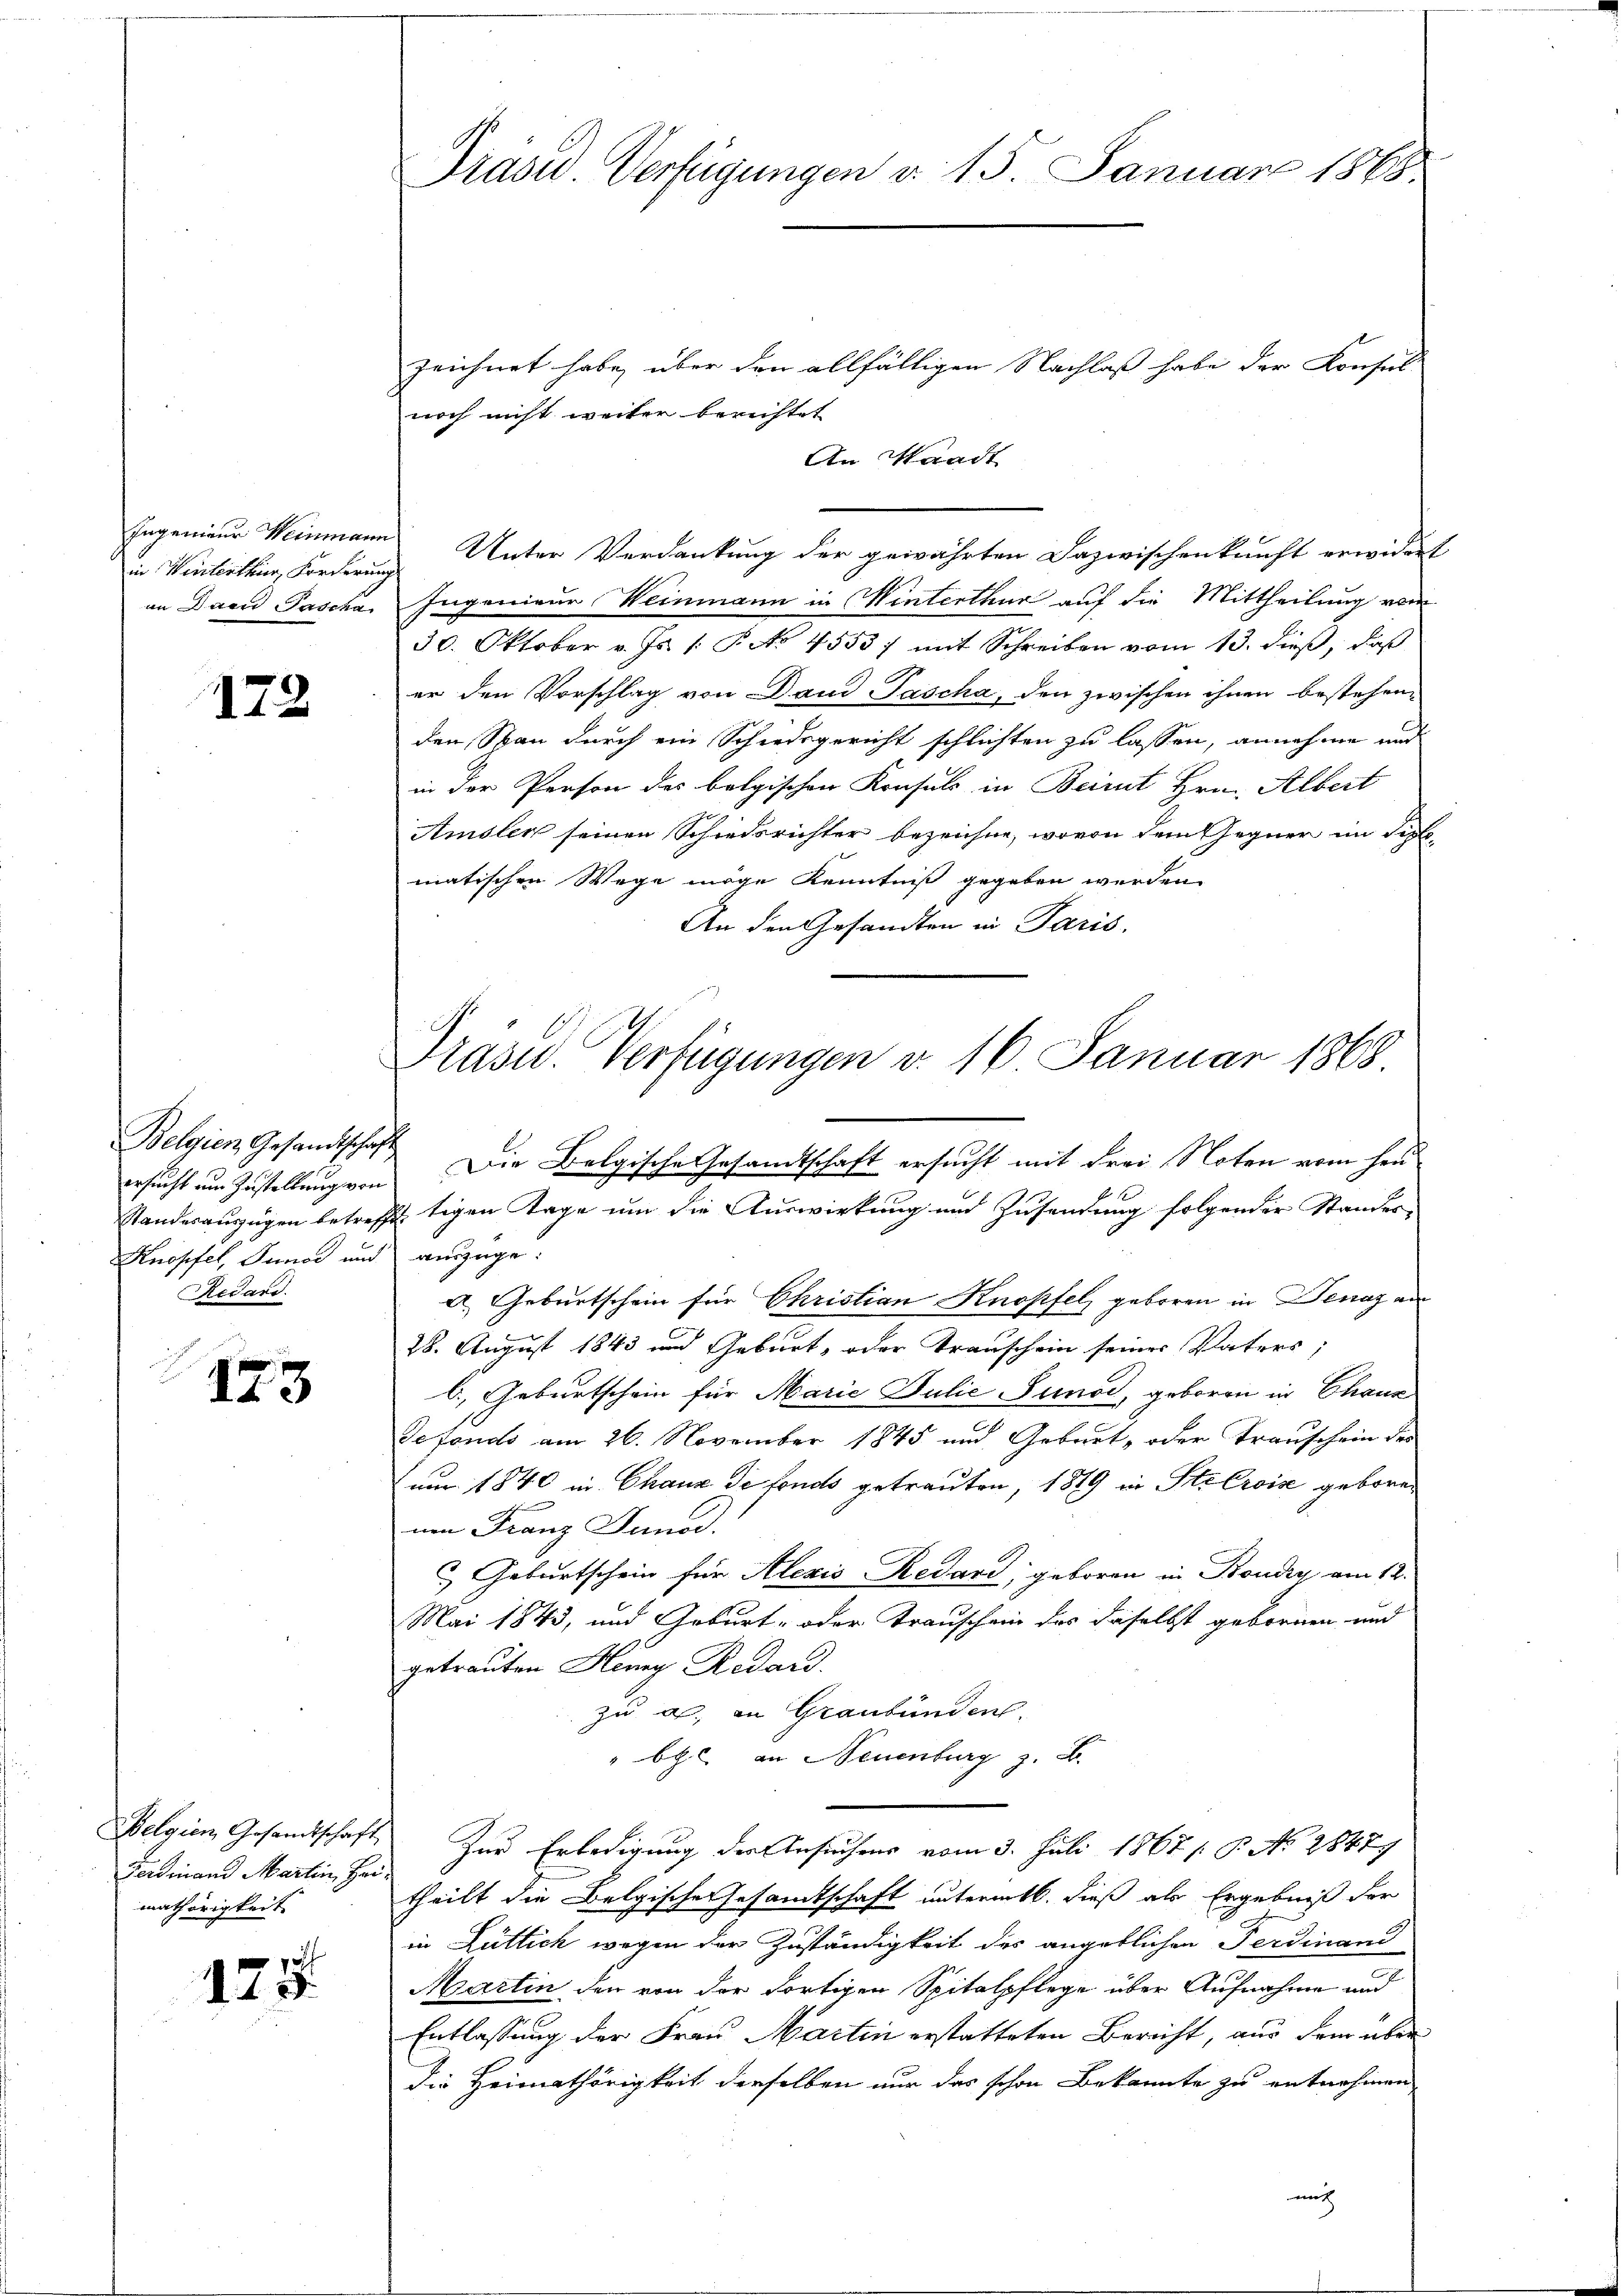
in Winterthur, Forderung
an Dand Pascha

172

Belgien Gesandtschaft
ersucht um Zustellung von
Knopfel, Sunad und
Redard.

173

Belgien Gesandtschaft
Ferdinand Martin, Heimathörigkeit

f
125.

Präsid. Verfügungen d. 15. Januar 1888.

zeichnet habe, über den allfälligen Nachlaß habe der Konsul
noch nicht weiter berichtet
An Waadt
Ingenieur Weinmann Unter Verdankung der gewährten Dazwischenkunft erwidert
Ingenieur Weinmann in Winterthur auf die Mittheilung vom
30. Oktober v. Js. (: P. No 4553) mit Schreiben vom 13. dieß, daß
er den Vorschlag von Dand Tascha, den zwischen ihnen bestehenden Span durch ein Schiedsgericht schlichten zu lassen, annehme und
in der Person des belgischen Konsuls in Beirut Hrn. Albert
J
Amsler seinen Schiedsrichter bezeichne, wovon dem Gegner im Septe
matischen Wege möge Kenntniß gegeben werden.
An den Gesandten in Paris.
Standesauszügen betreffe tigen Tage um die Auswirkung und Zusendung folgender Standes-
auszüge.
a. Geburtschein für Christian Knopfel geboren in Denaz an
28. August 1843 und Geburt, oder Transchein seiner Vaters;
b.) Geburtschein für Marie Julie Junod, geboren in Chaux
Defonds am 26. November 1845 und Geburt, oder Trauschein des
nur 1840 in Chaux de fonds getrauten, 1889 in Sitz Eroise geboreumn Franz Iuna
 Geburtschein für Alezis-Redard, geboren in Boudry am 12.
Mai 1843, und Geburt- oder Trauschein des daselbst gebornen und
getrauten Henry Redard
zu a. in Graubünden.
" bel an Neuenburg z. B.
Zur Erledigung der Ansuchens vom 3. Juli 1867 / B. No. 28479
theilt die Belgische Gesamtschaft untermtl. dieß als Ergebniß der
in Rüttich wegen der Zuständigkeit des angeblichen Ferdinand
Martin, den von der dortigen Spitalpflege über Aufnahme und
Entlassung der Frau Martin erstatteten Bericht, aus dem über
die Heimathörigkeit derselben nur das schon Bekannte zu entnehmen

Präsid. Verfügungen d. 16. Januar 1868
Die Belgische Gesandtschaft ersucht mit drei Noten vom heu¬